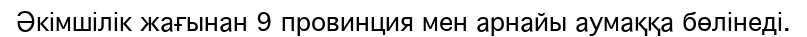
Әкімшілік жағынан 9 провинция мен арнайы аумаққа бөлінеді.